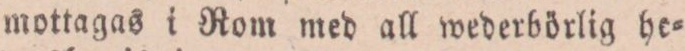
mottagas i Rom med all wederbörlig he=